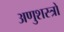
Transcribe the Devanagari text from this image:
अणुशस्त्रों